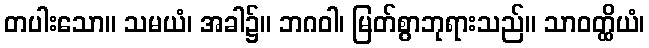
တပါးသော။ သမယံ၊ အခါ၌။ ဘဂဝါ၊ မြတ်စွာဘုရားသည်။ သာဝတ္ထိယံ၊